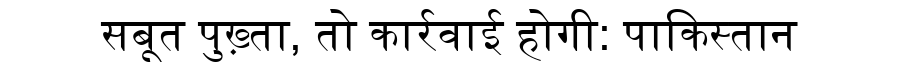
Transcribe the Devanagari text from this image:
सबूत पुख़्ता, तो कार्रवाई होगी: पाकिस्तान